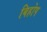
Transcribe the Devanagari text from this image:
बिहोप